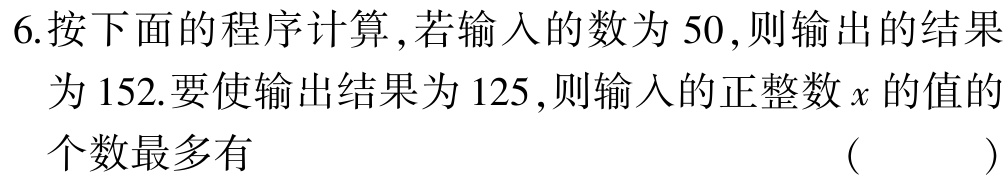
6.按下面的程序计算 ,若输入的数为$50$,则输出的结果为$152$.要使输出结果为$125$,则输入的正整数$x$的值的个数最多有 （  ）